Vaccination in the Punjab 1867-1880 - 1867-1880
Year: 1867
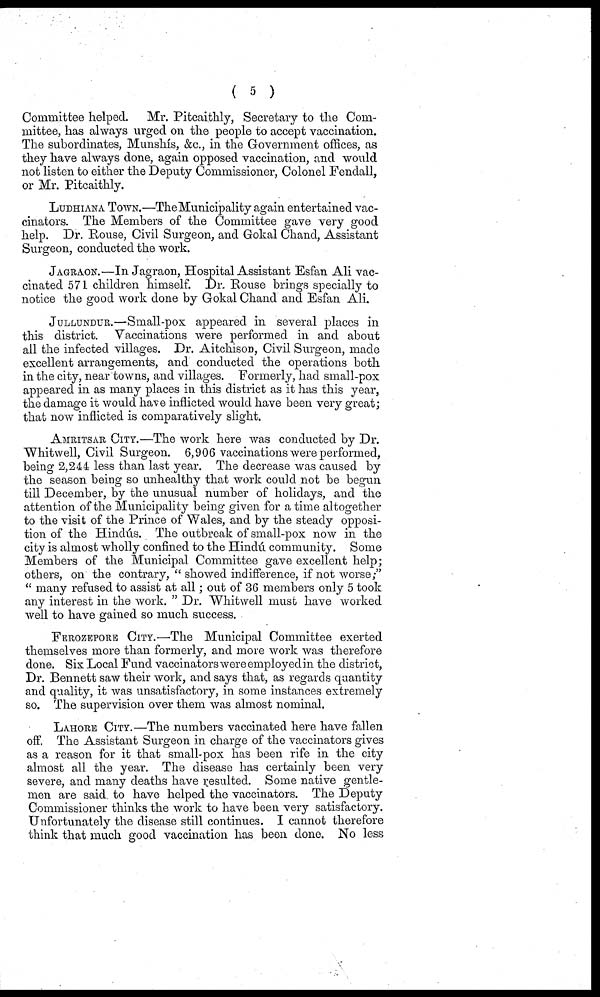
( 5 )
Committee helped. Mr. Pitcaithly, Secretary to the Com-
mittee, has always urged on the people to accept vaccination.
The subordinates, Munshís, &c., in the Government offices, as
they have always done, again opposed vaccination, and would
not listen to either the Deputy Commissioner, Colonel Fendall,
or Mr. Pitcaithly.
LUDHIANA TOWN.—The Municipality again entertained vac-
cinators. The Members of the Committee gave very good
help. Dr. Rouse, Civil Surgeon, and Gokal Chand, Assistant
Surgeon, conducted the work.
JAGRAON.—In Jagraon, Hospital Assistant Esfan Ali vac-
cinated 571 children himself. Dr. Rouse brings specially to
notice the good work done by Gokal Chand and Esfan Ali.
JULLUNDUR.—Small-pox appeared in several places in
this district. Vaccinations were performed in and about
all the infected villages. Dr. Aitchison, Civil Surgeon, made
excellent arrangements, and conducted the operations both
in the city, near towns, and villages. Formerly, had small-pox
appeared in as many places in this district as it has this year,
the damage it would have inflicted would have been very great;
that now inflicted is comparatively slight.
AMRITSAR CITY.—The work here was conducted by Dr.
Whitwell, Civil Surgeon. 6,906 vaccinations were performed,
being 2,244 less than last year. The decrease was caused by
the season being so unhealthy that work could not be begun
till December, by the unusual number of holidays, and the
attention of the Municipality being given for a time altogether
to the visit of the Prince of Wales, and by the steady opposi-
tion of the Hindús. The outbreak of small-pox now in the
city is almost wholly confined to the Hindú community. Some
Members of the Municipal Committee gave excellent help;
others, on the contrary, " showed indifference, if not worse;"
" many refused to assist at all; out of 36 members only 5 took
any interest in the work. " Dr. Whitwell must have worked
well to have gained so much success.
FEROZEPORE CITY.—The Municipal Committee exerted
themselves more than formerly, and more work was therefore
done. Six Local Fund vaccinators were employed in the district,
Dr. Bennett saw their work, and says that, as regards quantity
and quality, it was unsatisfactory, in some instances extremely
so. The supervision over them was almost nominal.
LAHORE CITY.—The numbers vaccinated here have fallen
off. The Assistant Surgeon in charge of the vaccinators gives
as a reason for it that small-pox has been rife in the city
almost all the year. The disease has certainly been very
severe, and many deaths have resulted. Some native gentle-
men are said to have helped the vaccinators. The Deputy
Commissioner thinks the work to have been very satisfactory.
Unfortunately the disease still continues. I cannot therefore
think that much good vaccination has been done. No less